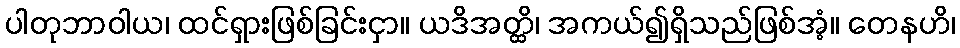
ပါတုဘာဝါယ၊ ထင်ရှားဖြစ်ခြင်းငှာ။ ယဒိအတ္ထိ၊ အကယ်၍ရှိသည်ဖြစ်အံ့။ တေနဟိ၊